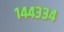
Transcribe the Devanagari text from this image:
१४४३३४